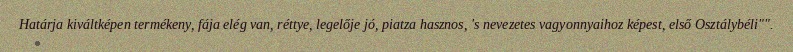
Határja kiváltképen termékeny, fája elég van, réttye, legelője jó, piatza hasznos, 's nevezetes vagyonnyaihoz képest, első Osztálybéli"".